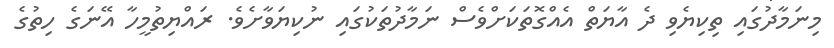
މިނަމާދުގައި ތިކިޔެވި ދެ އާޔަތް އެއްގޮތަކަށްވެސް ނަމާދުތަކުގައި ނުކިޔަވާށެވެ. ރައްޔިތުމީހާ އޭނަގެ ހިތުގެ